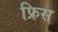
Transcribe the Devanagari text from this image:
फ्रिस